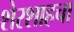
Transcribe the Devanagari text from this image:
शेरशाहचा